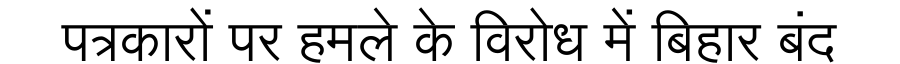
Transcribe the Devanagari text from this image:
पत्रकारों पर हमले के विरोध में बिहार बंद